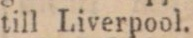
till Liverpool.